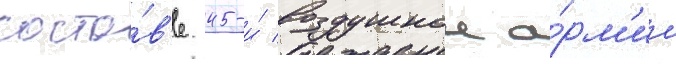
соста́в'е 45-и́ воздушнои а́рм'ии